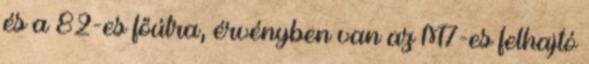
és a 82-es főútra, érvényben van az M7-es felhajtó